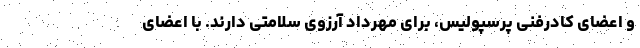
و اعضای کادرفنی پرسپولیس، برای مهرداد آرزوی سلامتی دارند. با اعضای